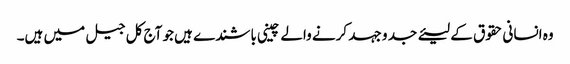
وہ انسانی حقوق کے لیئے جد و جہد کرنے والے چینی باشندے ہیں جو آج کل جیل میں ہیں۔